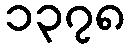
၁၃၇၈